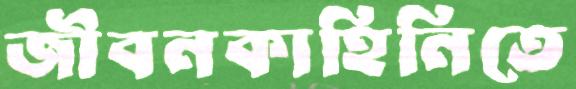
জীবনকাহিনিতে